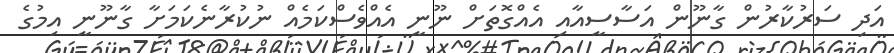
އަދި ސަރުކާރުން ގާނޫން އަސާސީއާއި އެއްގޮތަށް ނޫނީ އެއްވެސްކަމެއް ނުކުރާނެކަމަށާ ގާނޫނީ އިމުގެ